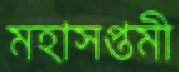
মহাসপ্তমী